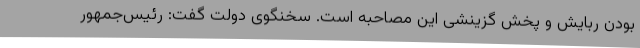
بودن ربایش و پخش گزینشی این مصاحبه است. سخنگوی دولت گفت: رئیس‌جمهور